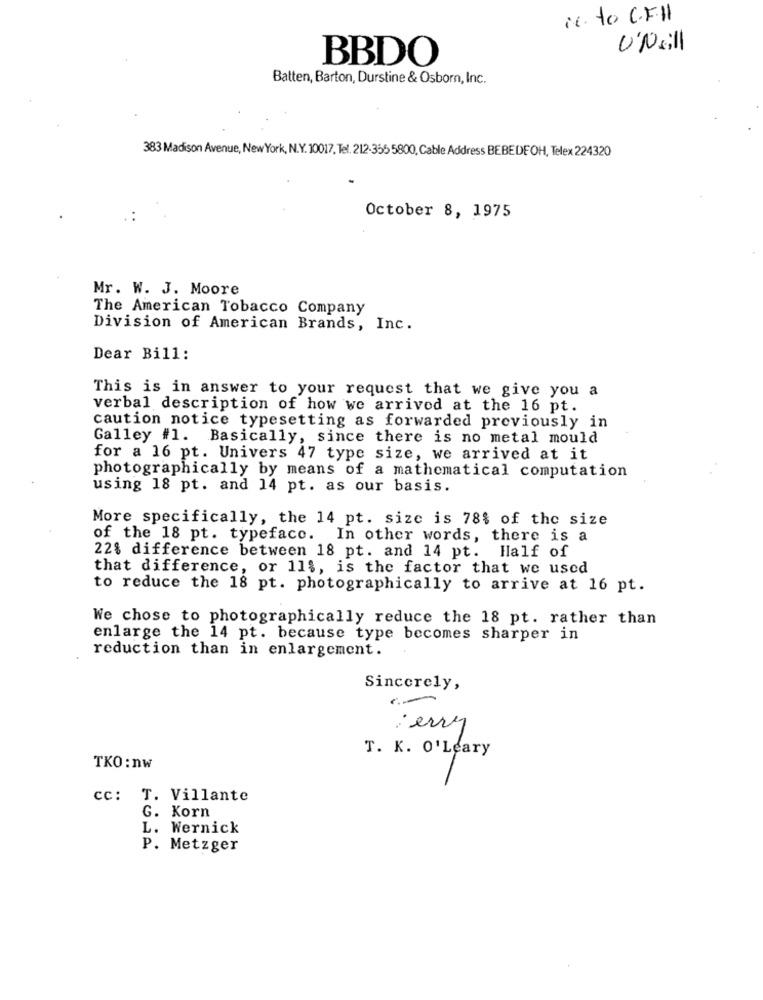
1. to C.F.11
U'Neill
BBDO
Batten, Barton, Durstine & Osborn, Inc.
383 Madison Avenue, New York, N.Y. 10017, Tel. 212-355 5800, Cable Address BEBEDEOH, Telex 224320
October 8, 1975
Mr. W. J. Moore
The American Tobacco Company
Division of American Brands, Inc.
Dear Bill:
This is in answer to your request that we give you a
verbal description of how we arrived at the 16 pt.
caution notice typesetting as forwarded previously in
Galley #1. Basically, since there is no metal mould
for a 16 pt. Univers 47 type size, we arrived at it
photographically by means of a mathematical computation
using 18 pt. and 14 pt. as our basis.
More specifically, the 14 pt. size is 78% of the size
of the 18 pt. typeface. In other words, there is a
22% difference between 18 pt. and 14 pt. Half of
that difference, or 11%, is the factor that we used
to reduce the 18 pt. photographically to arrive at 16 pt.
We chose to photographically reduce the 18 pt. rather than
enlarge the 14 pt. because type becomes sharper in
reduction than in enlargement.
Sincerely,
jerry
T. K. O'Leary
TKO : nw
cc: T. Villante
G. Korn
L. Wernick
P. Metzger